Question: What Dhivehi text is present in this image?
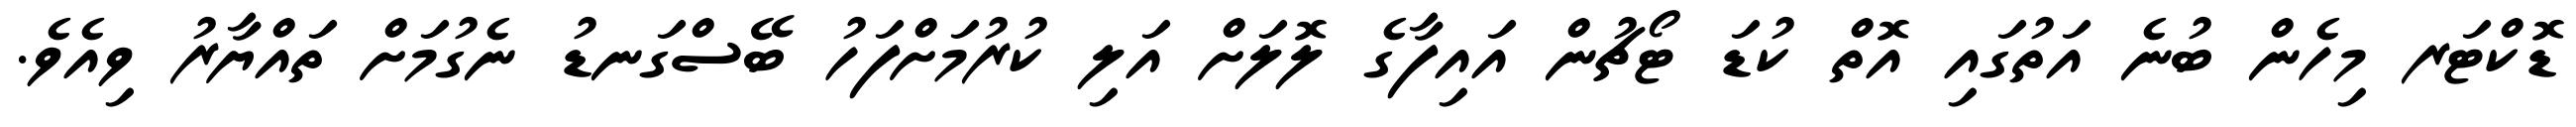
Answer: ޑޮކްޓަރ މިހެން ބުނެ އަތުގައި އޮތް ކުޑަ ޓޯޗުން އައިފާގެ ލޮލަށް އަލި ކުރުމަށްފަހު ބޭސްގަނޑު ނެގުމަށް ތައްޔާރު ވިއެވެ.